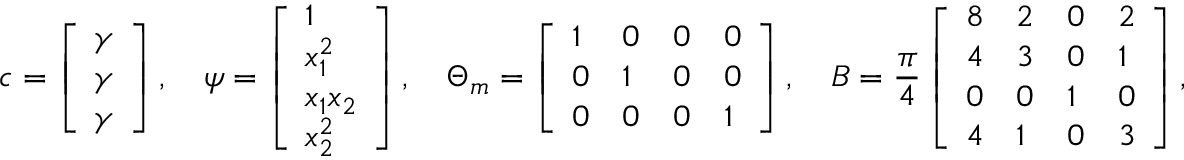
\boldsymbol { c } = \left[ \begin{array} { l } { \gamma } \\ { \gamma } \\ { \gamma } \end{array} \right] , \quad \boldsymbol { \psi } = \left[ \begin{array} { l } { 1 } \\ { x _ { 1 } ^ { 2 } } \\ { x _ { 1 } x _ { 2 } } \\ { x _ { 2 } ^ { 2 } } \end{array} \right] , \quad \Theta _ { m } = \left[ \begin{array} { l l l l } { 1 } & { 0 } & { 0 } & { 0 } \\ { 0 } & { 1 } & { 0 } & { 0 } \\ { 0 } & { 0 } & { 0 } & { 1 } \end{array} \right] , \quad B = \frac { \pi } { 4 } \left[ \begin{array} { l l l l } { 8 } & { 2 } & { 0 } & { 2 } \\ { 4 } & { 3 } & { 0 } & { 1 } \\ { 0 } & { 0 } & { 1 } & { 0 } \\ { 4 } & { 1 } & { 0 } & { 3 } \end{array} \right] ,